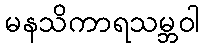
မနသိကာရသမ္ဘဝါ